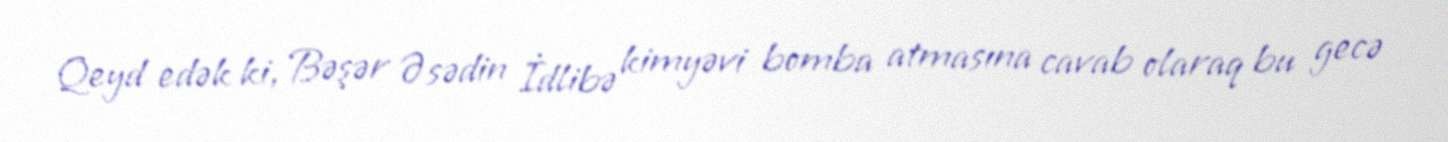
Qeyd edək ki, Bəşər Əsədin İdlibə kimyəvi bomba atmasına cavab olaraq bu gecə